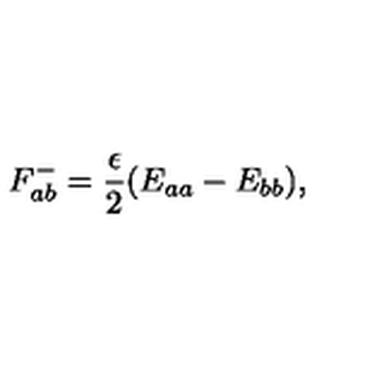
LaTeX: F _ { a b } ^ { - } = \frac { \epsilon } { 2 } ( E _ { a a } - E _ { b b } ) ,